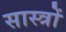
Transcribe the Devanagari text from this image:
सास्त्रों